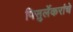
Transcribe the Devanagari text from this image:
पिसुर्लेकरांचे